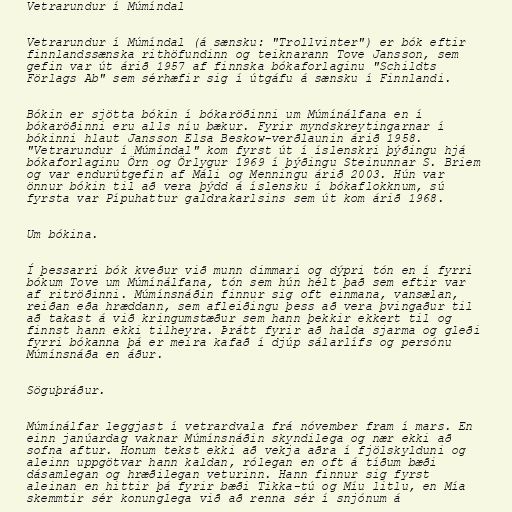
Vetrarundur í Múmíndal

Vetrarundur í Múmíndal (á sænsku: "Trollvinter") er bók eftir
finnlandssænska rithöfundinn og teiknarann Tove Jansson, sem
gefin var út árið 1957 af finnska bókaforlaginu "Schildts
Förlags Ab" sem sérhæfir sig í útgáfu á sænsku í Finnlandi.

Bókin er sjötta bókin í bókaröðinni um Múmínálfana en í
bókaröðinni eru alls níu bækur. Fyrir myndskreytingarnar í
bókinni hlaut Jansson Elsa Beskow-verðlaunin árið 1958.
"Vetrarundur í Múmíndal" kom fyrst út í íslenskri þýðingu hjá
bókaforlaginu Örn og Örlygur 1969 í þýðingu Steinunnar S. Briem
og var endurútgefin af Máli og Menningu árið 2003. Hún var
önnur bókin til að vera þýdd á íslensku í bókaflokknum, sú
fyrsta var Pípuhattur galdrakarlsins sem út kom árið 1968.

Um bókina.

Í þessarri bók kveður við munn dimmari og dýpri tón en í fyrri
bókum Tove um Múmínálfana, tón sem hún hélt það sem eftir var
af ritröðinni. Múmínsnáðin finnur sig oft einmana, vansælan,
reiðan eða hræddann, sem afleiðingu þess að vera þvingaður til
að takast á við kringumstæður sem hann þekkir ekkert til og
finnst hann ekki tilheyra. Þrátt fyrir að halda sjarma og gleði
fyrri bókanna þá er meira kafað í djúp sálarlífs og persónu
Múmínsnáða en áður.

Söguþráður.

Múmínálfar leggjast í vetrardvala frá nóvember fram í mars. En
einn janúardag vaknar Múmínsnáðin skyndilega og nær ekki að
sofna aftur. Honum tekst ekki að vekja aðra í fjölskylduni og
aleinn uppgötvar hann kaldan, rólegan en oft á tíðum bæði
dásamlegan og hræðilegan veturinn. Hann finnur sig fyrst
aleinan en hittir þá fyrir bæði Tikka-tú og Míu litlu, en Mía
skemmtir sér konunglega við að renna sér í snjónum á